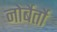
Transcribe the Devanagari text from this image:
नोर्बेर्तो